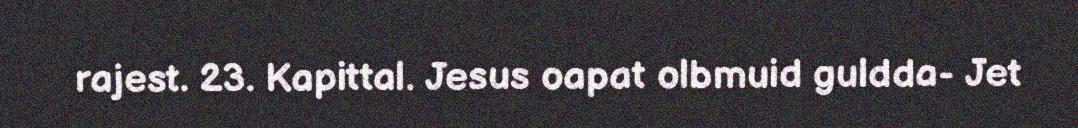
rajest. 23. Kapittal. Jesus oapat olbmuid guldda- Jet